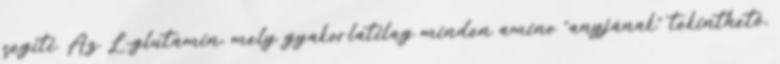
segíti. Az L-glutamin, mely gyakorlatilag minden amino "anyjának" tekinthető,